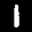
Label: 1